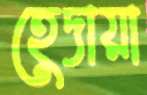
হেদায়া